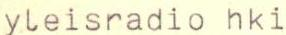
yleisradio hki